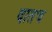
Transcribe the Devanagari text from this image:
दातच